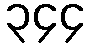
၃၄၄